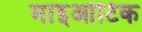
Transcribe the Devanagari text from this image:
माइओटिक